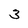
Character: 3